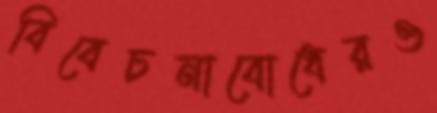
বিবেচনাবোধেরও